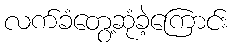
လက်ခံတွေ့ဆုံခဲ့ကြောင်း